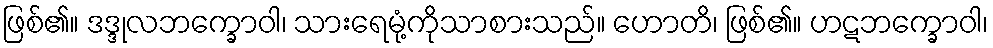
ဖြစ်၏။ ဒဒ္ဒုလဘက္ခောဝါ၊ သားရေမုံ့ကိုသာစားသည်။ ဟောတိ၊ ဖြစ်၏။ ဟဋဘက္ခောဝါ၊